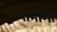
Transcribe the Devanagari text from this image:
पानीमा